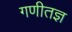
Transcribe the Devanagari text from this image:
गणीतज्ञ